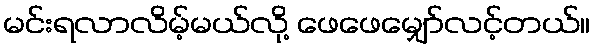
မင်းရလာလိမ့်မယ်လို့ ဖေဖေမျှော်လင့်တယ်။